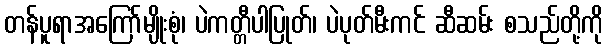
တန်ပူရာအကြော်မျိုးစုံ၊ ပဲကတ္တီပါပြုတ်၊ ပဲပုတ်မီးကင် ဆီဆမ်း စသည်တို့ကို